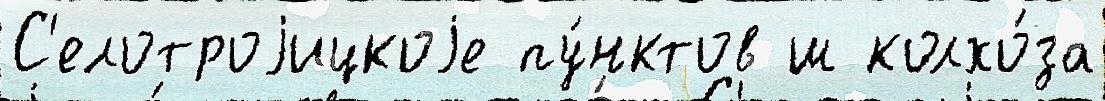
С'елотроjицкоjе пу́нктов ш колхо́за